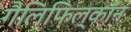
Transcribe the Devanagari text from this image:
गैलिफिल्कॉन